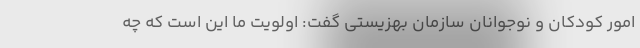
امور کودکان و نوجوانان سازمان بهزیستی گفت: اولویت ما این است که چه